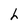
Character: h